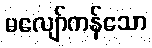
မလျော်ကန်သော